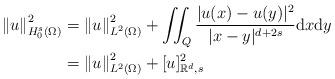
LaTeX: \begin{align*}\left\Vert u\right\Vert _{H_{0}^{s}(\Omega)}^{2} & =\left\Vert u\right\Vert_{L^{2}(\Omega)}^{2}+\iint_{Q}\frac{|u(x)-u(y)|^{2}}{|x-y|^{d+2s}}\mathrm{d}x\mathrm{d}y\\& =\left\Vert u\right\Vert _{L^{2}(\Omega)}^{2}+[u]_{\mathbb{R}^{d},s}^{2}\end{align*}